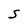
Character: S